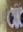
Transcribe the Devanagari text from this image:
क्षेत्रीं